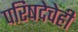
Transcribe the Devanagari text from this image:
परिषदेचेही